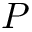
P